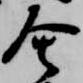
舎